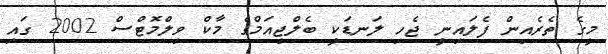
މީގެ ތެރެއިން ފެލައިނީ ޖެހި ލަނޑަކީ ބެލްޖިއަމްގެ މާކް ވިލްމޮޓްސް 2002 ގައި